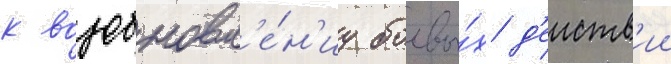
к возобновл'е́н'иу боевы́х д'еиств'ии